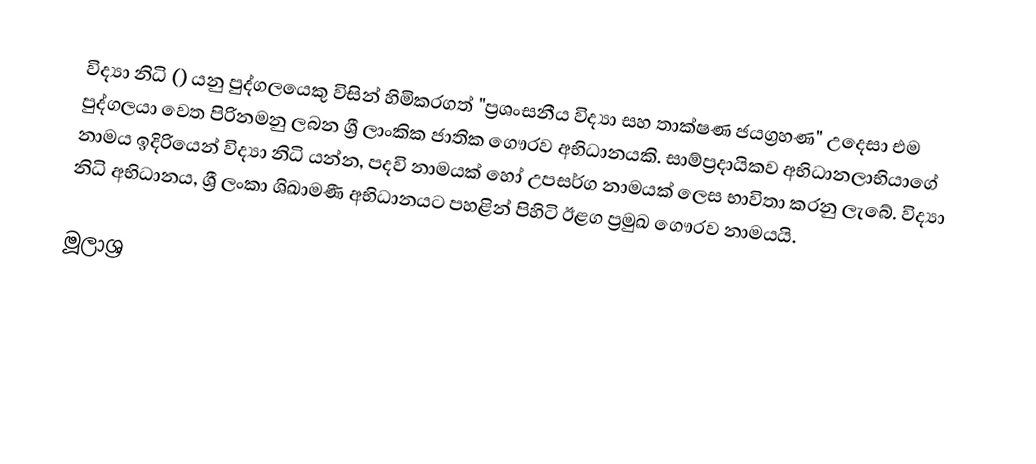
විද්‍යා නිධි () යනු පුද්ගලයෙකු විසින් හිමිකරගත් "ප්‍රශංසනීය විද්‍යා සහ තාක්ෂණ ජයග්‍රහණ" උදෙසා එම පුද්ගලයා වෙත පිරිනමනු ලබන ශ්‍රී ලාංකික ජාතික ගෞරව අභිධානයකි. සාම්ප්‍රදායිකව අභිධානලාභියාගේ නාමය ඉදිරියෙන් විද්‍යා නිධි යන්න, පදවි නාමයක් හෝ උපසර්ග නාමයක් ලෙස භාවිතා කරනු ලැබේ. විද්‍යා නිධි අභිධානය, ශ්‍රී ලංකා ශිඛාමණී අභිධානයට පහළින් පිහිටි ඊළග ප්‍රමුඛ ගෞරව නාමයයි.

මූලාශ්‍ර